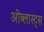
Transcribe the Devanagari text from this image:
ओब्लास्ट्स